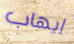
إيهاب